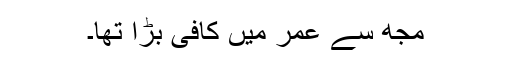
مجھ سے عمر میں کافی بڑا تھا۔